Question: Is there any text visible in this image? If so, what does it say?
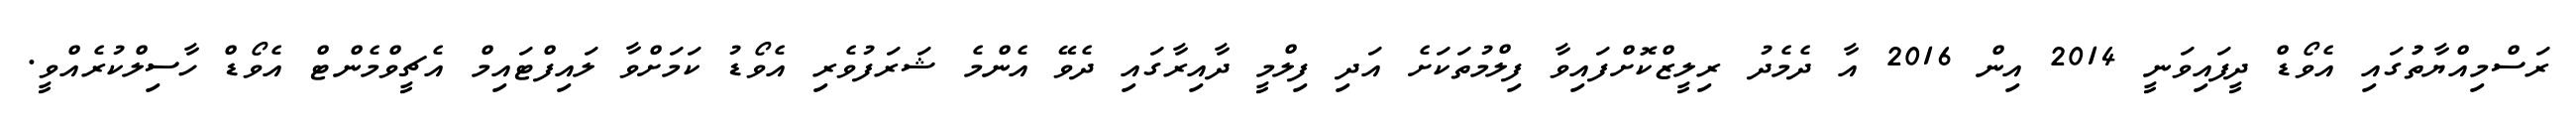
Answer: ރަސްމިއްޔާތުުގައި އެވޯޑް ދީފައިވަނީ 2014 އިން 2016 އާ ދެމެދު ރިލީޒްކޮށްފައިވާ ފިލްމުތަކަށެ އަދި ފިލްމީ ދާއިރާގައި ދެވޭ އެންމެ ޝަރަފުވެރި އެވޯޑު ކަމަށްވާ ލައިފްޓައިމް އެޗީވްމެންޓް އެވޯޑް ހާސިލްކުރެއްވީ.